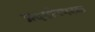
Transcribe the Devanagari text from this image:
प्रदर्शनपरक